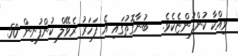
ވިއްކާ ކުންފުންޏެކެވެ.   ބުނާގޮތުގައި އެ ފަހަރު ރެވޭލް ކުންފުނިން 50